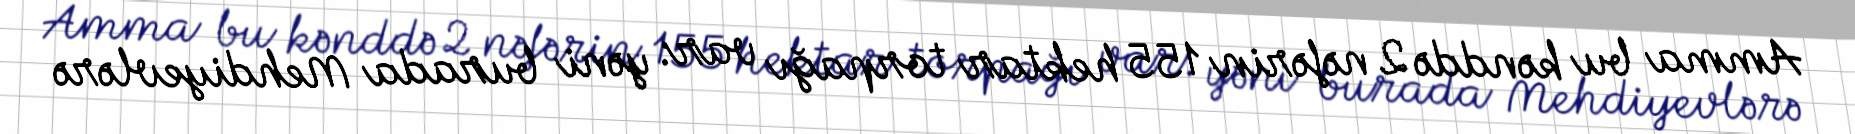
Amma bu kənddə 2 nəfərin 155 hektar torpağı var: yəni burada Mehdiyevlərə